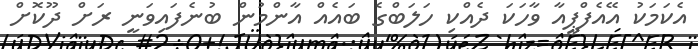
އެކަމަކު އޭއެފްޕީއާ ވާހަކަ ދެއްކި ހަލަބްގެ ބައެއް އާންމުން ބުނެފައިވަނީ ރަށް ދޫކޮށް